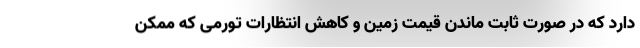
دارد که در صورت ثابت ماندن قیمت زمین و کاهش انتظارات تورمی که ممکن